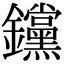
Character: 钂